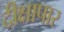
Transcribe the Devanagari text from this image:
दीक्षापार